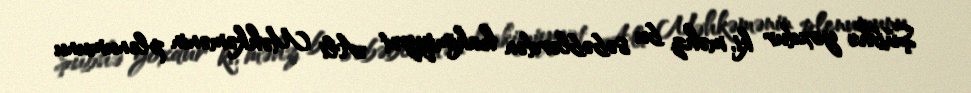
Şübhə yoxdur ki, məhz bu səbəblərdən hakimiyyət Ali Məhkəmənin plenumunu